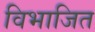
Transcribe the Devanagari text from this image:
विभाजित